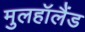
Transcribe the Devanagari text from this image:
मुलहॉलैंड